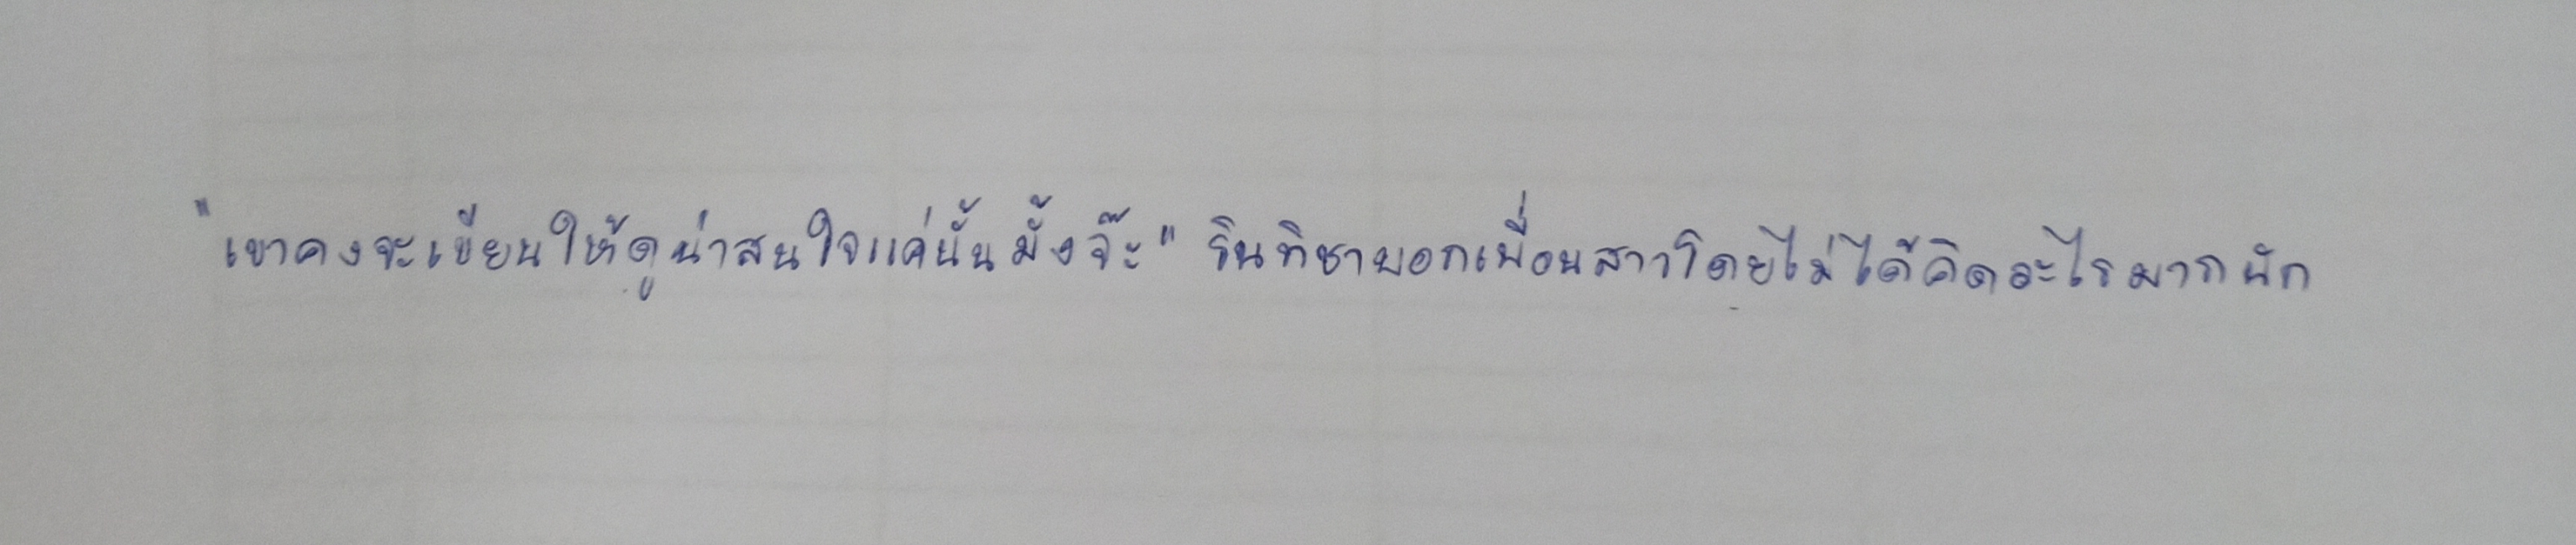
"เขาคงจะเขียนให้ดูน่าสนใจแค่นั้นมั้งจ๊ะ"รินทิชาบอกเพื่อนสาวโดยไม่ได้คิดอะไรมากนัก